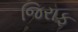
જિરાફ